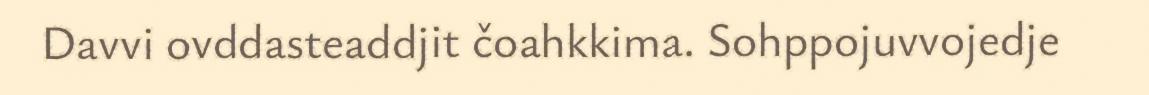
Davvi ovddasteaddjit čoahkkima. Sohppojuvvojedje